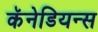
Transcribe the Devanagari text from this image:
कॅनेडियन्स